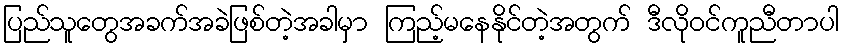
ပြည်သူတွေအခက်အခဲဖြစ်တဲ့အခါမှာ ကြည့်မနေနိုင်တဲ့အတွက် ဒီလိုဝင်ကူညီတာပါ